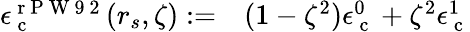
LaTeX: \begin{array}{rl}{\epsilon_{\mathrm{~c~}}^{\mathrm{~r~P~W~9~2~}}(r_{s},\zeta):=}&{{}(1-\zeta^{2})\epsilon_{\mathrm{~c~}}^{0}+\zeta^{2}\epsilon_{\mathrm{~c~}}^{1}}\end{array}